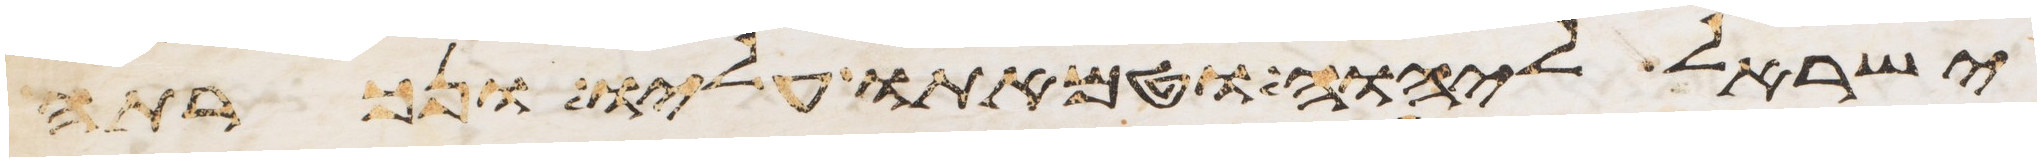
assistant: ישראל ליהוה וטמאתו עליו ונכרתה